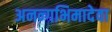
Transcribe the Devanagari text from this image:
अनन्गभिमादेवा